Annual administration report of the Civil Veterinary Department, Sind - 1944-1945
Year: 1944
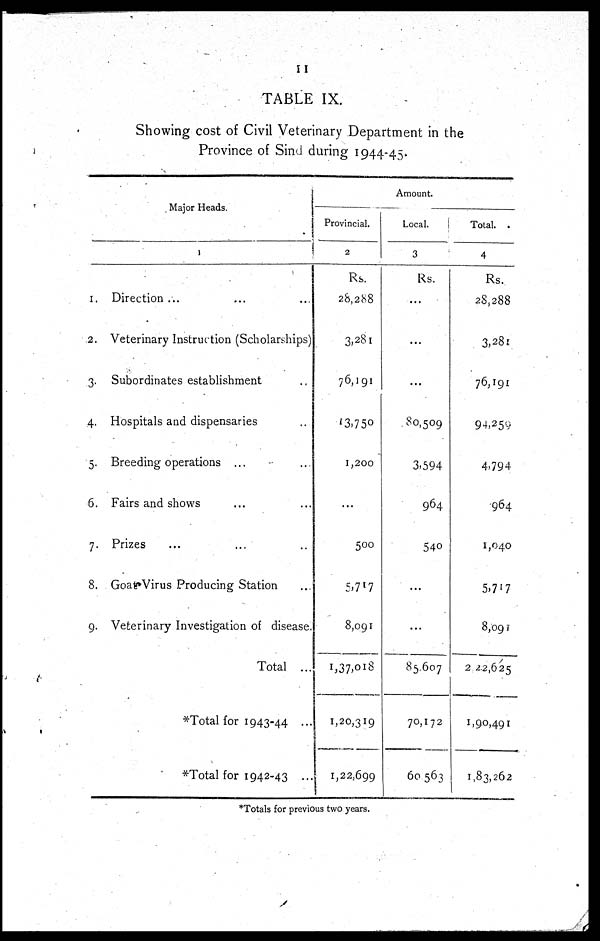
11
TABLE IX.
Showing cost of Civil Veterinary Department in the
Province of Sind during 1944-45.
Major Heads.
1.
2.
3.
4.
5.
6.
7.
8.
9.
1
Direction ... ... ...
Veterinary Instruction (Scholarships)
Subordinates establishment ...
Hospitals and dispensaries ...
Breeding operations ... ...
Fairs and shows ... ...
Prizes ... ... ...
Goat Virus Producing Station ...
Veterinary Investigation of disease.
Total ...
*Total for 1943-44 ...
*Total for 1942-43 ..
Amount.
Provincial.
2
Rs.
28,288
3,281
76,191
13,750
1,200
...
500
5,717
8,091
1,37,018
1,20,319
1,22,699
Local.
3
Rs.
...
...
...
80,509
3,594
964
540
...
...
85,607
70,172
60 563
Total. .
4
Rs.
28,288
3,281
76,191
94,259
4,794
964
1,040
5,717
8,091
2 22,625
1,90,491
1,83,262
*Totals for previous two years.